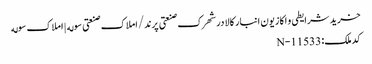
خرید شرایطی و اکازیون انبار کالا در شهرک صنعتی پرند/املاک صنعتی سوله | املاک سوله
کد ملک: N-11533